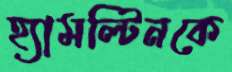
হ্যামল্টিনকে